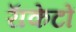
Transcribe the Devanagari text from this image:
राॅकेटों